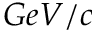
G e V / c